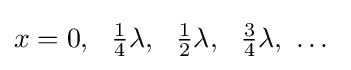
x=0,~~{\tfrac {1}{4}}\lambda ,~~{\tfrac {1}{2}}\lambda ,~~{\tfrac {3}{4}}\lambda ,~\dots ~